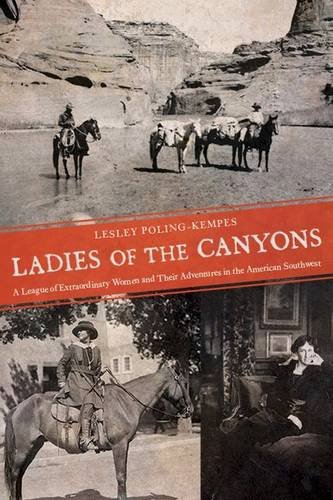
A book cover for Ladies of the Canyons: A League of Extraordinary Women and Their Adventures in the American Southwest; Lesley Poling-Kempes; Biographies & Memoirs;